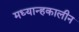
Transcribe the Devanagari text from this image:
मध्यान्हकालीन